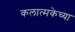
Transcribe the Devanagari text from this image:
कलात्मकेच्या